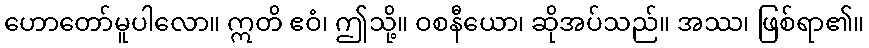
ဟောတော်မူပါလော။ ဣတိ ဧဝံ၊ ဤသို့။ ဝစနီယော၊ ဆိုအပ်သည်။ အဿ၊ ဖြစ်ရာ၏။